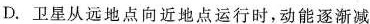
D.卫星从远地点向近地点运行时，动能逐渐减